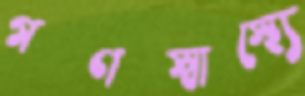
গণস্বাস্থ্যে